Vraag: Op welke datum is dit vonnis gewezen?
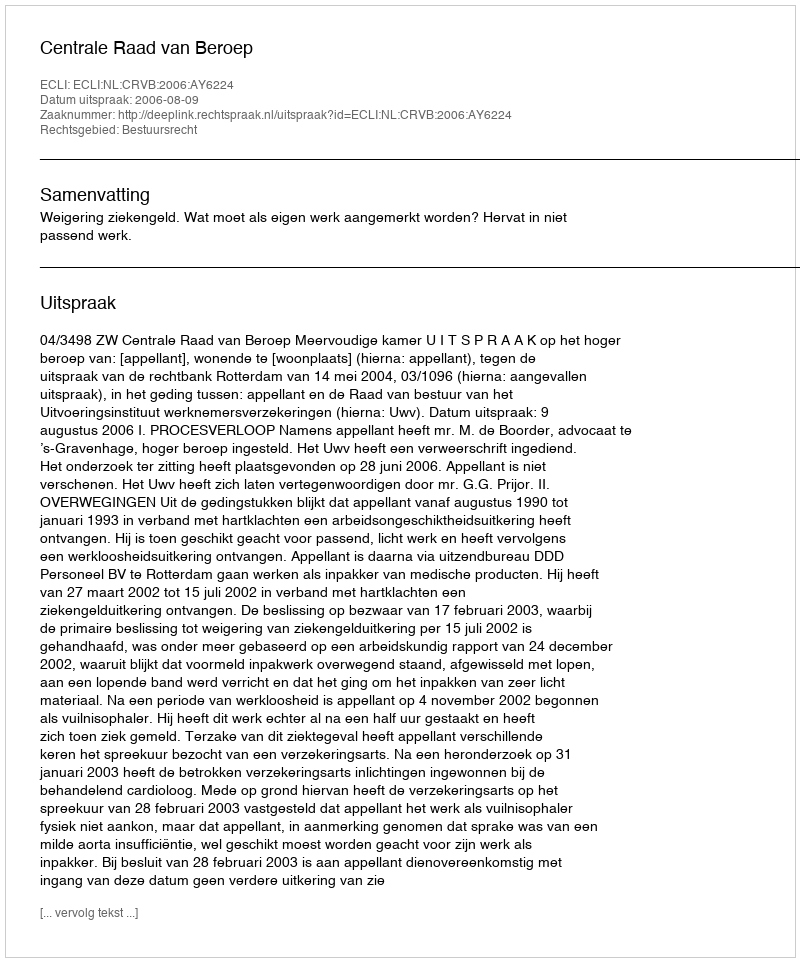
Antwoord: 2006-08-09